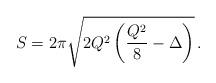
LaTeX: \begin{align*}S = 2\pi\sqrt{2Q^2\left(\frac{Q^2}{8} - \Delta\right)}\,.\end{align*}